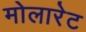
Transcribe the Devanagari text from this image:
मोलारेट